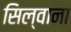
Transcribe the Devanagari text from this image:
सिल्वाना